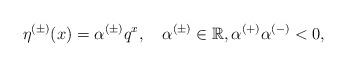
LaTeX: \begin{align*} \eta^{(\pm)}(x)=\alpha^{(\pm)}q^x,\quad\alpha^{(\pm)}\in\mathbb{R}, \alpha^{(+)}\alpha^{(-)}<0, \end{align*}